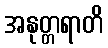
အနုတ္တရာတိ